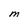
Character: M